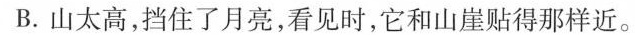
B.山太高,挡住了月亮,看见时,它和山崖贴得那样近。